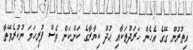
އިތުރުން ގޭގެ އެހެން ހަރަދުތަކާއި ޙުދް ކިޔާރާގެ ކަންކަން ވެސް ފުރިހަމަ ނުކުރެވޭތާ